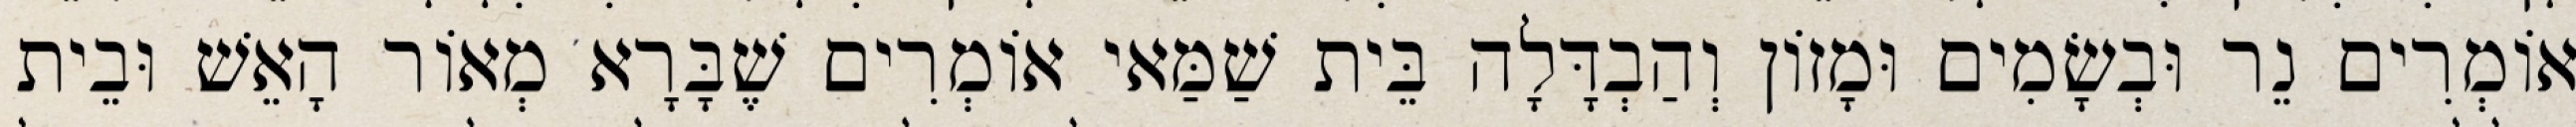
אוֹמְרִים נֵר וּבְשָׂמִים וּמָזוֹן וְהַבְדָּלָה בֵּית שַׁמַּאי אוֹמְרִים שֶׁבָּרָא מְאוֹר הָאֵשׁ וּבֵית